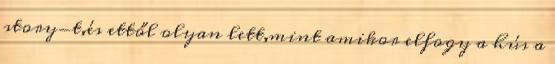
story-t,és ettől olyan lett,mint amikor elfogy a hús a